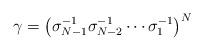
LaTeX: \begin{align*}\gamma = \bigl(\sigma_{N-1}^{-1}\sigma_{N-2}^{-1}\cdots\sigma_{1}^{-1}\bigr)^{N}\end{align*}